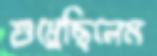
শুধ্‌রেছিলেম